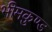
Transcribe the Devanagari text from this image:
भीमकुण्ड